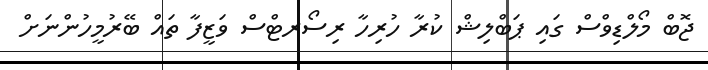
ޖޮބް މޯލްޑިވްސް ގައި ޕަބްލިޝް ކުރާ ހުރިހާ ރިސޯރޓްސް ވަޒީފާ ތައް ބޭރުމީހުންނަށް